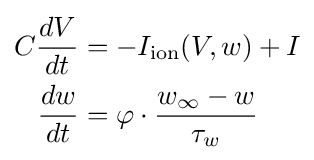
{\begin{aligned}C{\frac {dV}{dt}}&=-I_{\mathrm {ion} }(V,w)+I\\{\frac {dw}{dt}}&=\varphi \cdot {\frac {w_{\infty }-w}{\tau _{w}}}\end{aligned}}